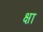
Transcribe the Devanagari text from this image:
क्षा